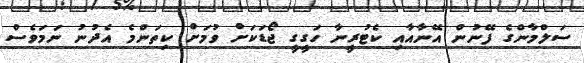
ސަލްމާންގެ ފޭނުން އޭނާއާއި ކެޓުރީނާ ހަގީގީ ޖޯޑަކަށް ވުމަށް ކިތަންމެ އެދުނު ނަމަވެސް